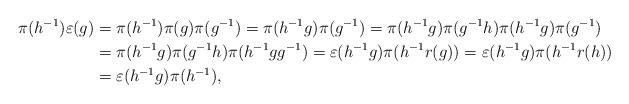
LaTeX: \begin{align*} \pi(h^{-1})\varepsilon(g) & = \pi(h^{-1})\pi(g)\pi(g^{-1}) = \pi(h^{-1}g)\pi(g^{-1}) = \pi(h^{-1}g)\pi(g^{-1}h)\pi(h^{-1}g)\pi(g^{-1}) \\ & = \pi(h^{-1}g)\pi(g^{-1}h)\pi(h^{-1}gg^{-1}) = \varepsilon(h^{-1}g) \pi(h^{-1}r(g)) = \varepsilon(h^{-1}g) \pi(h^{-1}r(h))\\ & = \varepsilon(h^{-1}g)\pi(h^{-1}),\end{align*}